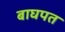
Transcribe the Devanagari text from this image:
बाघपत